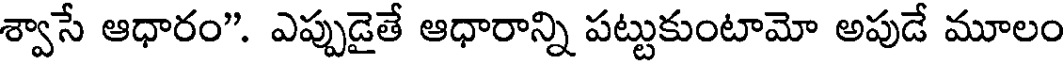
శ్వాసే ఆధారం". ఎప్పుడైతే ఆధారాన్ని పట్టుకుంటామో అపుడే మూలం